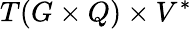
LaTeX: T(G\times Q)\times V^{*}